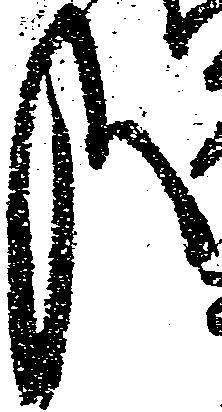
哉